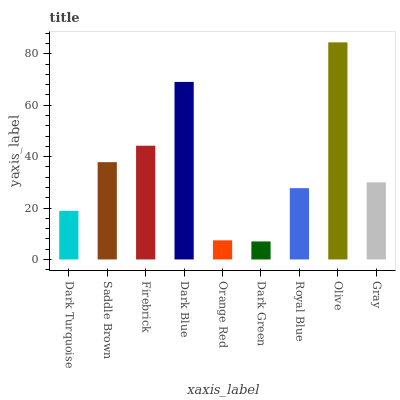
| xaxis_label | bars |
 | --- | --- |
 | Dark Turquoise | 18.9 |
 | Saddle Brown | 37.9 |
 | Firebrick | 44.2 |
 | Dark Blue | 69.1 |
 | Orange Red | 7.44 |
 | Dark Green | 7.01 |
 | Royal Blue | 27.7 |
 | Olive | 84.5 |
 | Gray | 30 |